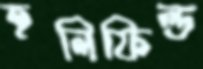
হলিফিল্ড